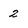
Character: 2